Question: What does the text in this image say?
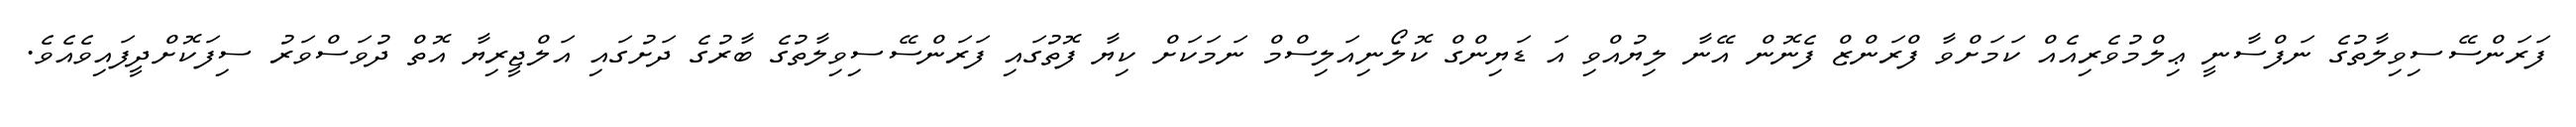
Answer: ފަރަންސޭސިވިލާތުގެ ނަފްސާނީ ޢިލްމުވެރިއެއް ކަމަށްވާ ފްރަންޒް ފެނޮން އޭނާ ލިޔުއްވި އަ ޑަޔިންގް ކޮލޯނިއަލިސްމް ނަމަކަށް ކިޔާ ފޮތުގައި ފަރަންސޭސިވިލާތުގެ ބާރުގެ ދަށުގައި އަލްޖީރިޔާ އޮތް ދުވަސްވަރު ސިފަކޮށްދީފައިވެއެވެ.